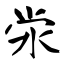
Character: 泶